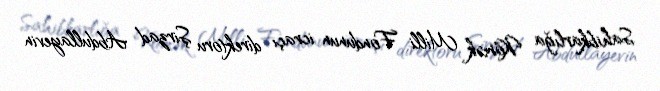
Sahibkarlığa Kömək Milli Fondunun icraçı direktoru Şirzad Abdullayevin